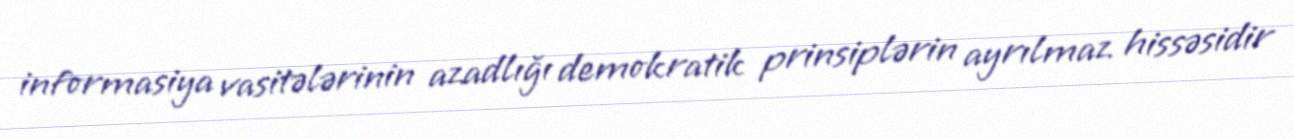
informasiya vasitələrinin azadlığı demokratik prinsiplərin ayrılmaz hissəsidir